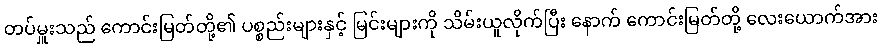
တပ်မှူးသည် ကောင်းမြတ်တို့၏ ပစ္စည်းများနှင့် မြင်းများကို သိမ်းယူလိုက်ပြီး နောက် ကောင်းမြတ်တို့ လေးယောက်အား